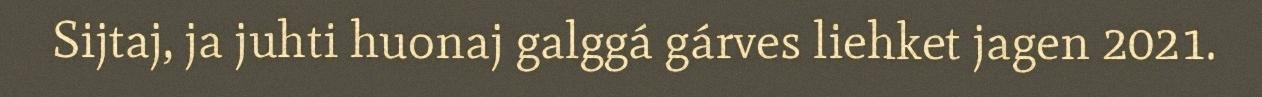
Sijtaj, ja juhti huonaj galggá gárves liehket jagen 2021.